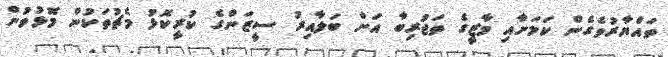
ތައްޔާރުވެގެން ކަމަށާއި މާޒީގެ ތަޖުރިބާ އަށް ބަލާއިރު ސީޒަންގެ ކުރީކޮޅު މެޗުތަކުން މޮޅުވުން